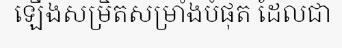
ឡើងសម្រិតសម្រាំងបំផុត ដែលជា